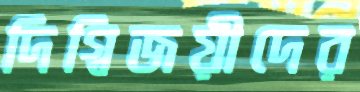
দিগ্বিজয়ীদের